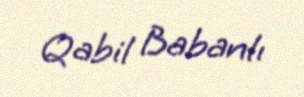
Qabil Babanlı